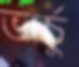
ভার্চু